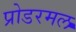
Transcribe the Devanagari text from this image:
प्रोडरमल